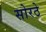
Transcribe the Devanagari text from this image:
सोरठे